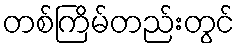
တစ်ကြိမ်တည်းတွင်